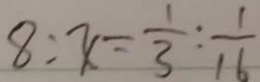
8 : x = \frac { 1 } { 3 } : \frac { 1 } { 1 6 }